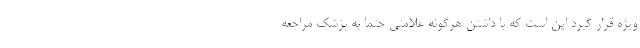
ویژه قرار گیرد این است که با داشتن هرگونه علامتی حتما به پزشک مراجعه